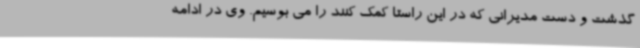
گذشت و دست مدیرانی که در این راستا کمک کنند را می بوسیم. وی در ادامه